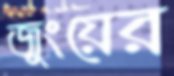
জুংয়ের